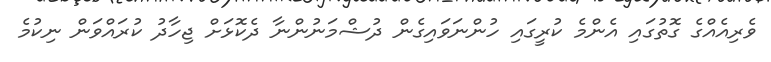
ވެރިއެއްގެ ގޮތުގައި އެންމެ ކުރީގައި ހުންނަވައިގެން ދުޝްމަނުންނާ ދެކޮޅަށް ޖިހާދު ކުރައްވަން ނިކުމެ